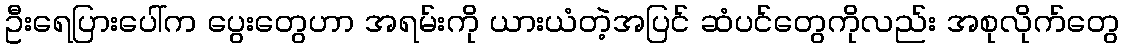
ဦးရေပြားပေါ်က ပွေးတွေဟာ အရမ်းကို ယားယံတဲ့အပြင် ဆံပင်တွေကိုလည်း အစုလိုက်တွေ